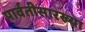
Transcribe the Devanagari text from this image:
पार्वतीसारख्या